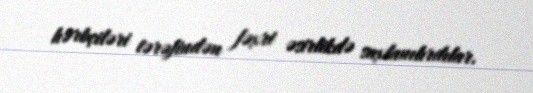
hərbçiləri tərəfindən fəxri əsirlikdə saxlanılırdılar.